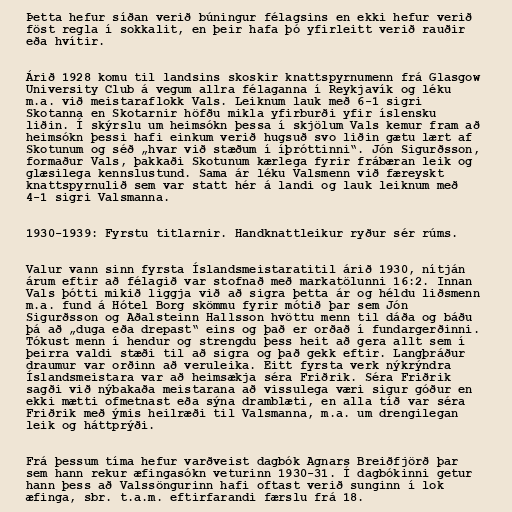
Þetta hefur síðan verið búningur félagsins en ekki hefur verið
föst regla í sokkalit, en þeir hafa þó yfirleitt verið rauðir
eða hvítir.

Árið 1928 komu til landsins skoskir knattspyrnumenn frá Glasgow
University Club á vegum allra félaganna í Reykjavík og léku
m.a. við meistaraflokk Vals. Leiknum lauk með 6-1 sigri
Skotanna en Skotarnir höfðu mikla yfirburði yfir íslensku
liðin. Í skýrslu um heimsókn þessa í skjölum Vals kemur fram að
heimsókn þessi hafi einkum verið hugsuð svo liðin gætu lært af
Skotunum og séð „hvar við stæðum í íþróttinni“. Jón Sigurðsson,
formaður Vals, þakkaði Skotunum kærlega fyrir frábæran leik og
glæsilega kennslustund. Sama ár léku Valsmenn við færeyskt
knattspyrnulið sem var statt hér á landi og lauk leiknum með
4-1 sigri Valsmanna.

1930-1939: Fyrstu titlarnir. Handknattleikur ryður sér rúms.

Valur vann sinn fyrsta Íslandsmeistaratitil árið 1930, nítján
árum eftir að félagið var stofnað með markatölunni 16:2. Innan
Vals þótti mikið liggja við að sigra þetta ár og héldu liðsmenn
m.a. fund á Hótel Borg skömmu fyrir mótið þar sem Jón
Sigurðsson og Aðalsteinn Hallsson hvöttu menn til dáða og báðu
þá að „duga eða drepast“ eins og það er orðað í fundargerðinni.
Tókust menn í hendur og strengdu þess heit að gera allt sem í
þeirra valdi stæði til að sigra og það gekk eftir. Langþráður
draumur var orðinn að veruleika. Eitt fyrsta verk nýkrýndra
Íslandsmeistara var að heimsækja séra Friðrik. Séra Friðrik
sagði við nýbakaða meistarana að vissulega væri sigur góður en
ekki mætti ofmetnast eða sýna dramblæti, en alla tíð var séra
Friðrik með ýmis heilræði til Valsmanna, m.a. um drengilegan
leik og háttprýði.

Frá þessum tíma hefur varðveist dagbók Agnars Breiðfjörð þar
sem hann rekur æfingasókn veturinn 1930-31. Í dagbókinni getur
hann þess að Valssöngurinn hafi oftast verið sunginn í lok
æfinga, sbr. t.a.m. eftirfarandi færslu frá 18.